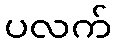
ပလက်